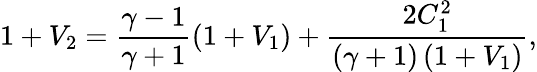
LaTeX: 1+V_{2}=\frac{\gamma-1}{\gamma+1}\left(1+V_{1}\right)+\frac{2C_{1}^{2}}{\left(\gamma+1\right)\left(1+V_{1}\right)},